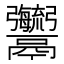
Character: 𩱱